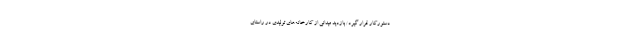
دستورکار قرار گیرد/ بازدید میدانی از کارخانه‌های تولیدی در راستای